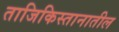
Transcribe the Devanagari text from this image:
ताजिकिस्तानातील